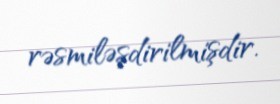
rəsmiləşdirilmişdir.